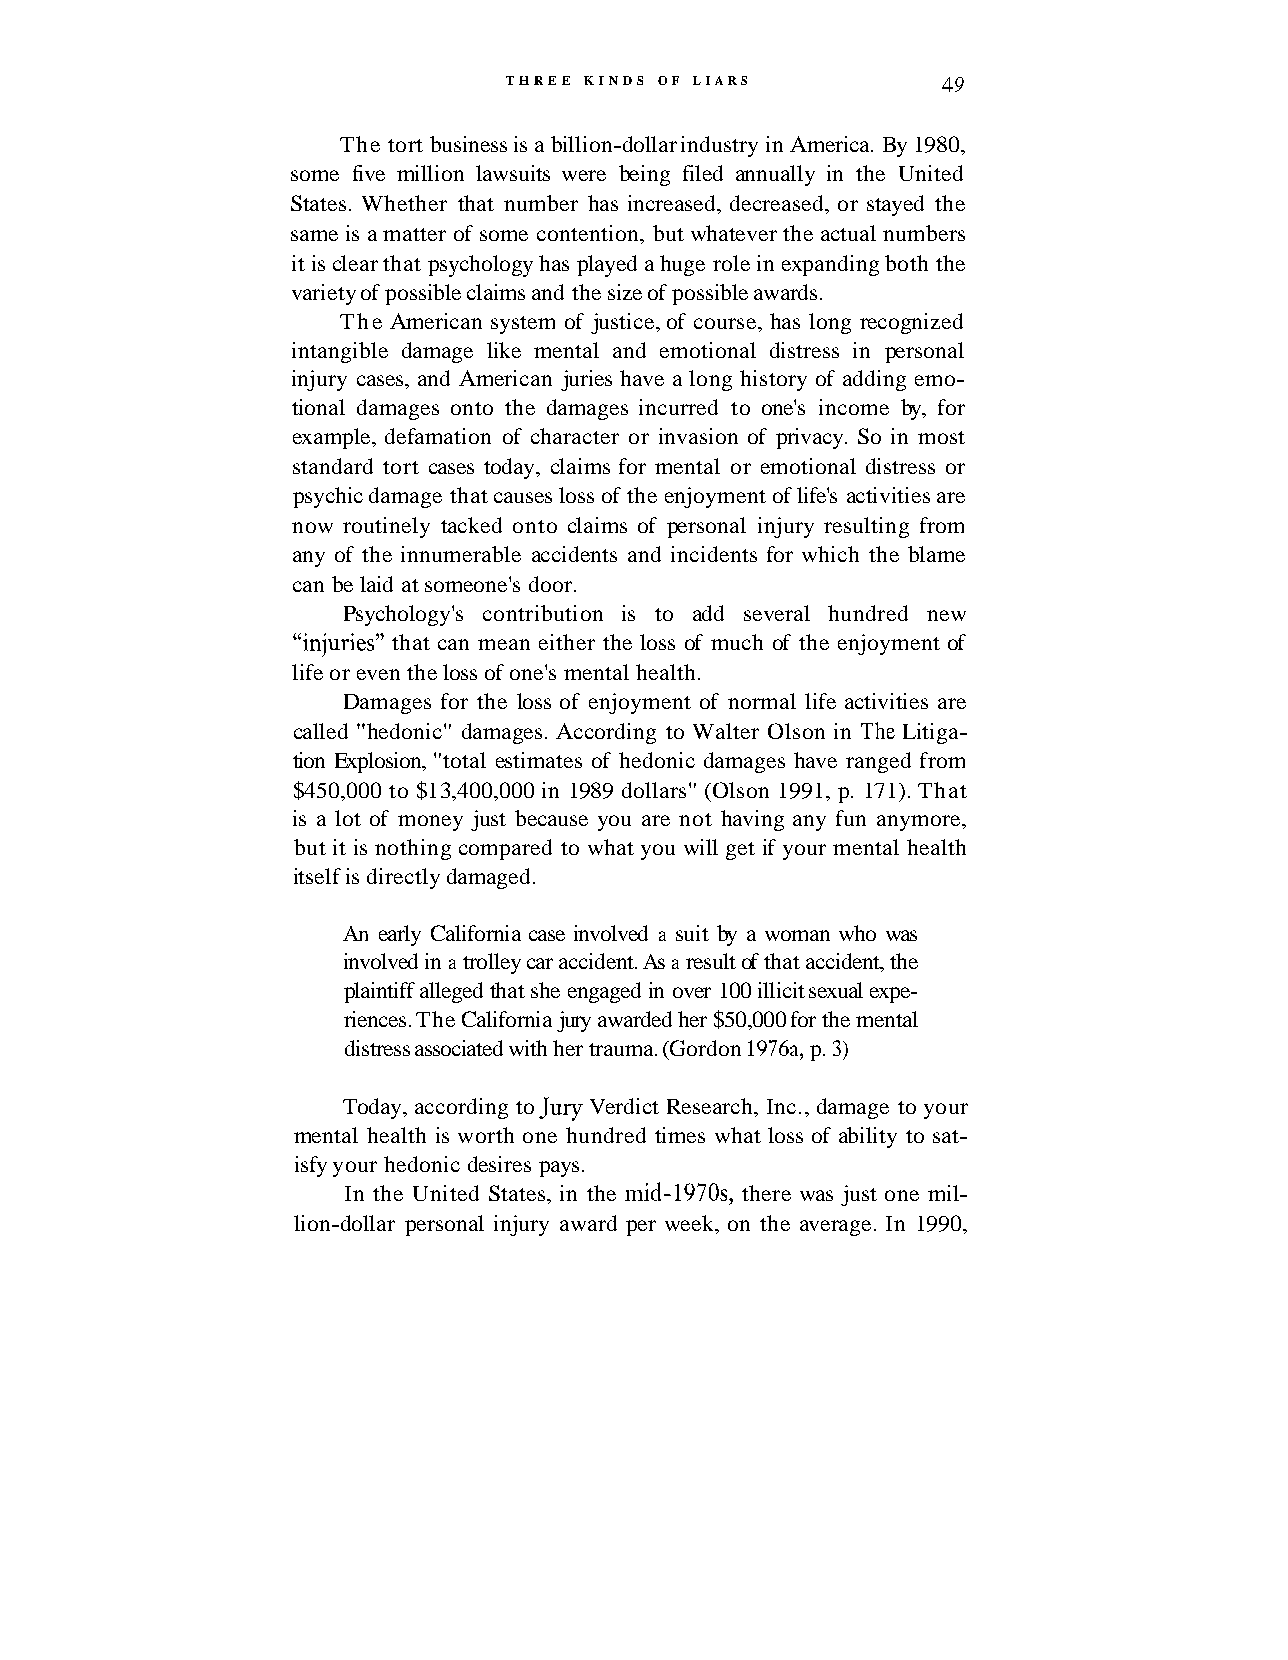
THREE KINDS OF LIARS        4 9
 The tort business is a billion-dollar industry in America. By 1980,
 some five million lawsuits were being filed annually in the United
 States. Whether that number has increased, decreased, or stayed the
 same is a matter of some contention, but whatever the actual numbers
 it is clear that psychology has played a huge role in expanding both the
 variety of possible claims and the size of possible awards.
 The American system of justice, of course, has long recognized
 intangible damage like mental and emotional distress in personal
 injury cases, and American juries have a long history of adding emo-
 tional damages onto the damages incurred to one's income by, for
 example, defamation of character or invasion of privacy. So in most
 standard tort cases today, claims for mental or emotional distress or
 psychic damage that causes loss of the enjoyment of life's activities are
 now routinely tacked onto claims of personal injury resulting from
 any of the innumerable accidents and incidents for which the blame
 can be laid at someone's door.
 Psychology's contribution is to add several hundred new
 "injuries" that can mean either the loss of much of the enjoyment of
 life or even the loss of one's mental health.
 Damages for the loss of enjoyment of normal life activities are
 called "hedonic" damages. According to Walter Olson in The Litiga-
 tion Explosion, "total estimates of hedonic damages have ranged from
 $450,000 to $1 3,400,000 in 1989 dollars" (Olson 1991, p. 171). That
 is a lot of money just because you are not having any fun anymore,
 but it is nothing compared to what you will get if your mental health
 itself is directly damaged.
 An early California case involved a suit by a woman who was
 involved in a trolley car accident. As a result of that accident, the
 plaintiff alleged that she engaged in over 100 illicit sexual expe-
 riences. The California jury awarded her $50,000 for the mental
 distress associated with her trauma. (Gordon 1976a, p. 3)
 Today, according to Jury Verdict Research, Inc., damage to your
 mental health is worth one hundred times what loss of ability to sat-
 isfy your hedonic desires pays.
 In the United States, in the mid-1970s, there was just one mil-
 lion-dollar personal injury award per week, on the average. In 1990,